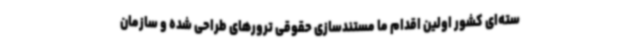
سته‌ای کشور اولین اقدام ما مستندسازی حقوقی ترورهای طراحی شده و سازمان